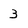
Character: 3